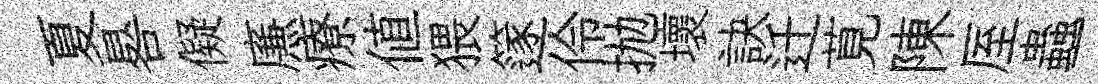
夏晷儗㢘療值猥篴伶抛壞訣迁莧陳厔蟲一